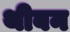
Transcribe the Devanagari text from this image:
थीबन